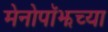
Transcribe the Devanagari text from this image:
मेनोपॉझच्या